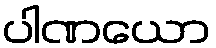
ပါဏယော